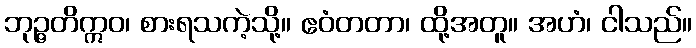
ဘုဉ္ဇတိဣဝ၊ စားရသကဲ့သို့။ ဧဝံတတာ၊ ထို့အတူ။ အဟံ၊ ငါသည်။